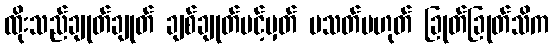
ထိုးသည်ချုတ်ချုတ် ချစ်ချုတ်ပင့်မှတ် ပသတ်မဟုတ် ခြုတ်ခြုတ်သိက